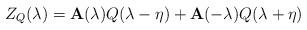
LaTeX: \begin{align*}Z_{Q}(\lambda )=\mathbf{A}(\lambda )Q(\lambda -\eta )+\mathbf{A}(-\lambda)Q(\lambda +\eta )\end{align*}